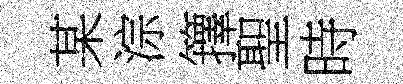
某淙籜聖時